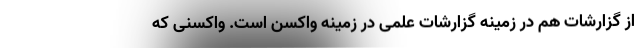
از گزارشات هم در زمینه گزارشات علمی در زمینه واکسن است. واکسنی که